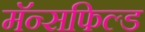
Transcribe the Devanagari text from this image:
मॅन्सफिल्ड